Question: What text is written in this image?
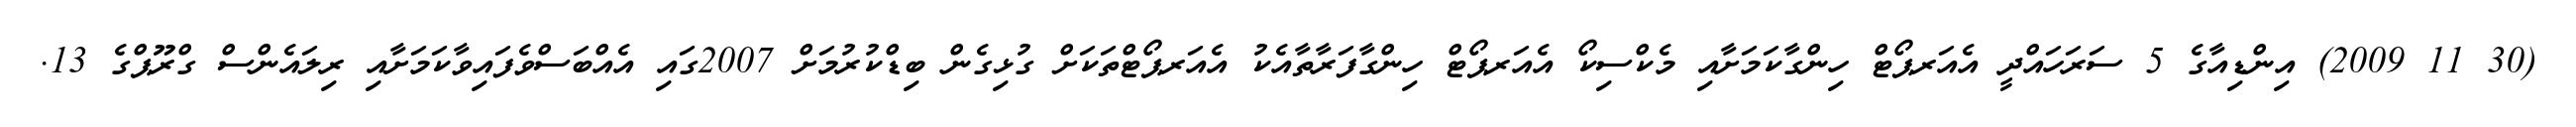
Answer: (30 11 2009) އިންޑިއާގެ 5 ސަރަހައްދީ އެއަރޕޯޓް ހިންގާކަމަށާއި މެކްސިކޯ އެއަރޕޯޓް ހިންގާފަރާތާއެކު އެއަރޕޯޓްތަކަށް ގުޅިގެން ބިޑްކުރުމަށް 2007ގައި އެއްބަސްވެފައިވާކަމަށާއި ރިލައެންސް ގްރޫޕްގެ 13.